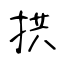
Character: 拱